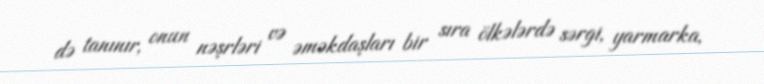
də tanınır, onun nəşrləri və əməkdaşları bir sıra ölkələrdə sərgi, yarmarka,